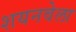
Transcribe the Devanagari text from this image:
शयनवेला